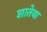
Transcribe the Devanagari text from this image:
शातेया